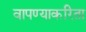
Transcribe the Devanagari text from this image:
वापण्‍याकरिता